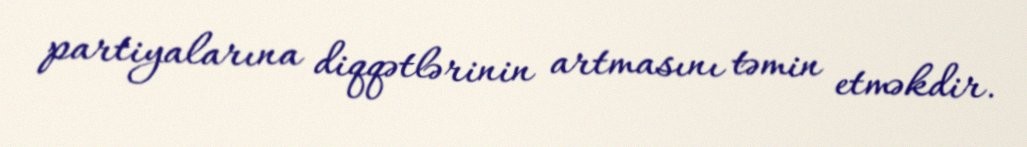
partiyalarına diqqətlərinin artmasını təmin etməkdir.